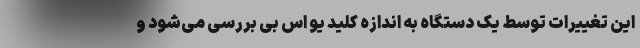
این تغییرات توسط یک دستگاه به اندازه کلید یو اس بی بررسی می‌شود و